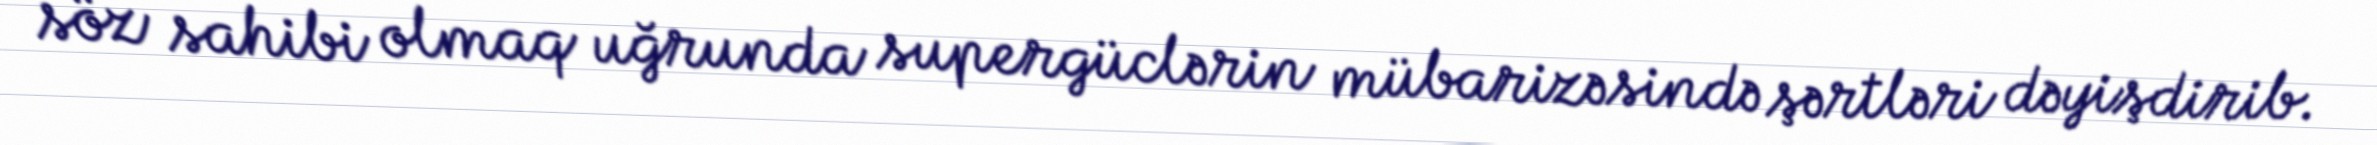
söz sahibi olmaq uğrunda supergüclərin mübarizəsində şərtləri dəyişdirib.